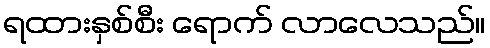
ရထားနှစ်စီး ရောက် လာလေသည်။